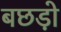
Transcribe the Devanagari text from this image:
बछड़ो